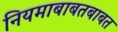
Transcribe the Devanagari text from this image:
नियमाबाबतबाबत